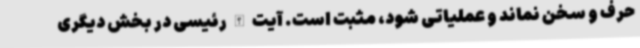
حرف و سخن نماند و عملیاتی شود، مثبت است. آیت الله رئیسی در بخش دیگری